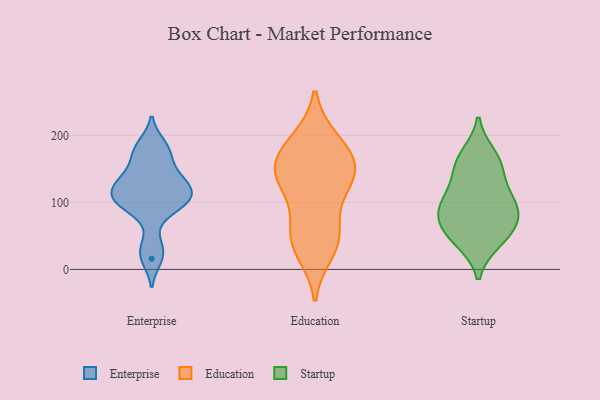
{"axis": {"x": "Demand Index", "y": "Value"}, "legend": ["Education", "Enterprise", "Startup"], "data": [{"x": "", "y": 160, "type": "Enterprise"}, {"x": "", "y": 105, "type": "Enterprise"}, {"x": "", "y": 16, "type": "Enterprise"}, {"x": "", "y": 104, "type": "Enterprise"}, {"x": "", "y": 186, "type": "Enterprise"}, {"x": "", "y": 98, "type": "Enterprise"}, {"x": "", "y": 134, "type": "Enterprise"}, {"x": "", "y": 126, "type": "Enterprise"}, {"x": "", "y": 34, "type": "Enterprise"}, {"x": "", "y": 176, "type": "Enterprise"}, {"x": "", "y": 90, "type": "Enterprise"}, {"x": "", "y": 116, "type": "Enterprise"}, {"x": "", "y": 131, "type": "Enterprise"}, {"x": "", "y": 169, "type": "Education"}, {"x": "", "y": 46, "type": "Education"}, {"x": "", "y": 53, "type": "Education"}, {"x": "", "y": 146, "type": "Education"}, {"x": "", "y": 192, "type": "Education"}, {"x": "", "y": 129, "type": "Education"}, {"x": "", "y": 27, "type": "Education"}, {"x": "", "y": 191, "type": "Education"}, {"x": "", "y": 143, "type": "Education"}, {"x": "", "y": 151, "type": "Education"}, {"x": "", "y": 102, "type": "Education"}, {"x": "", "y": 46, "type": "Education"}, {"x": "", "y": 147, "type": "Education"}, {"x": "", "y": 169, "type": "Startup"}, {"x": "", "y": 86, "type": "Startup"}, {"x": "", "y": 95, "type": "Startup"}, {"x": "", "y": 66, "type": "Startup"}, {"x": "", "y": 47, "type": "Startup"}, {"x": "", "y": 151, "type": "Startup"}, {"x": "", "y": 69, "type": "Startup"}, {"x": "", "y": 43, "type": "Startup"}, {"x": "", "y": 156, "type": "Startup"}, {"x": "", "y": 110, "type": "Startup"}, {"x": "", "y": 103, "type": "Startup"}]}